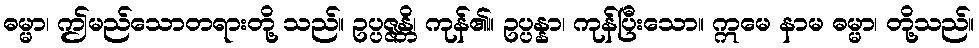
ဓမ္မာ၊ ဤမည်သောတရားတို့ သည်။ ဥပ္ပဇ္ဇန္တိ၊ ကုန်၏။ ဥပ္ပန္နာ၊ ကုန်ပြီးသော။ ဣမေ နာမ ဓမ္မာ၊ တို့သည်။